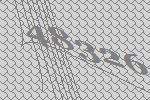
48326